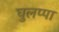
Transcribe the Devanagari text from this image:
घुलप्पा